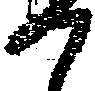
か